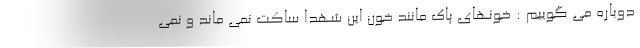
دوباره می گوییم : خونهای پاک مانند خون این شهدا ساکت نمی ماند و نمی